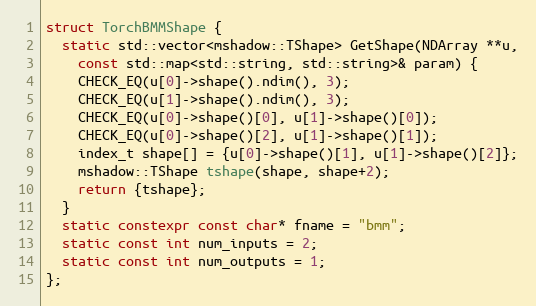
Language: C++
struct TorchBMMShape {
  static std::vector<mshadow::TShape> GetShape(NDArray **u,
    const std::map<std::string, std::string>& param) {
    CHECK_EQ(u[0]->shape().ndim(), 3);
    CHECK_EQ(u[1]->shape().ndim(), 3);
    CHECK_EQ(u[0]->shape()[0], u[1]->shape()[0]);
    CHECK_EQ(u[0]->shape()[2], u[1]->shape()[1]);
    index_t shape[] = {u[0]->shape()[1], u[1]->shape()[2]};
    mshadow::TShape tshape(shape, shape+2);
    return {tshape};
  }
  static constexpr const char* fname = "bmm";
  static const int num_inputs = 2;
  static const int num_outputs = 1;
};